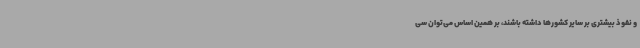
و نفوذ بیشتری بر سایر کشورها داشته باشند، بر همین اساس می‌توان سی